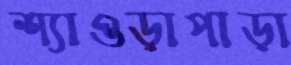
শ্যাওড়াপাড়া